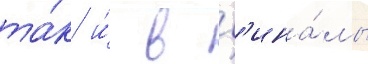
та́к и́ в ф'ина́лы